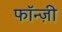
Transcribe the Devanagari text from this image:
फॉन्ज़ी